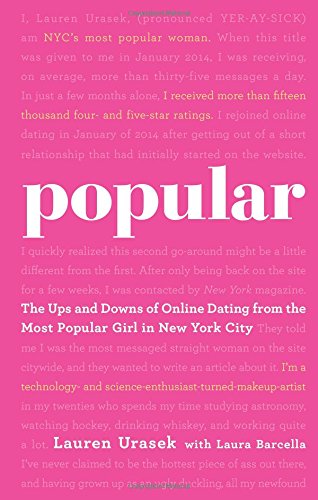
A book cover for Popular: The Ups and Downs of Online Dating from the Most Popular Girl in New York City; Lauren Urasek; Humor & Entertainment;